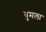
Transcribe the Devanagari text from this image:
बुमला